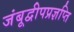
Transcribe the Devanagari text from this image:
जंबूद्वीपप्रज्ञप्ति